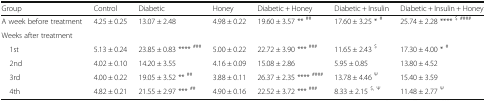
<table><thead><tr><td><b>Group</b></td><td><b>Control</b></td><td><b>Diabetic</b></td><td><b>Honey</b></td><td><b>Diabetic + Honey</b></td><td><b>Diabetic + Insulin</b></td><td><b>Diabetic + Insulin + Honey</b></td></tr></thead><tbody><tr><td>A week before treatment</td><td>4.25 ± 0.25</td><td>13.07 ± 2.48</td><td>4.98 ± 0.22</td><td>19.60 ± 3.57 ** <sup>##</sup></td><td>17.60 ± 3.25 * <sup>#</sup></td><td>25.74 ± 2.28 **** <sup>$</sup><sup>####</sup></td></tr><tr><td colspan="7">Weeks after treatment</td></tr><tr><td> 1st</td><td>5.13 ± 0.24</td><td>23.85 ± 0.83 **** <sup>###</sup></td><td>5.00 ± 0.22</td><td>22.72 ± 3.90 *** <sup>###</sup></td><td>11.65 ± 2.43 <sup>$</sup></td><td>17.30 ± 4.00 * <sup>#</sup></td></tr><tr><td> 2nd</td><td>4.02 ± 0.10</td><td>14.20 ± 3.55</td><td>4.16 ± 0.09</td><td>15.08 ± 2.86</td><td>5.95 ± 0.85</td><td>13.80 ± 4.52</td></tr><tr><td> 3rd</td><td>4.00 ± 0.22</td><td>19.05 ± 3.52 ** <sup>##</sup></td><td>3.88 ± 0.11</td><td>26.37 ± 2.35 **** <sup>####</sup></td><td>13.78 ± 4.46 <sup>Ψ</sup></td><td>15.40 ± 3.59</td></tr><tr><td> 4th</td><td>4.82 ± 0.21</td><td>21.55 ± 2.97 *** <sup>##</sup></td><td>4.90 ± 0.16</td><td>22.52 ± 3.72 *** <sup>###</sup></td><td>8.33 ± 2.15 <sup>$, Ψ</sup></td><td>11.48 ± 2.77 <sup>Ψ</sup></td></tr></tbody></table>